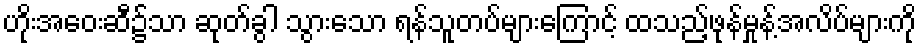
ဟိုးအဝေးဆီ၌သာ ဆုတ်ခွါ သွားသော ရန်သူတပ်များကြောင့် ထသည့်ဖုန်မှုန့်အလိပ်များကို